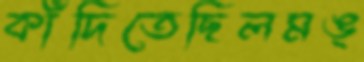
কাঁদিতেছিলমঙ্